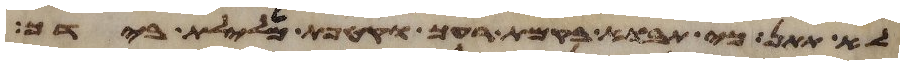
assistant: לא תתן כי תבוא בקמת רעך וקטפת מלילת בידך